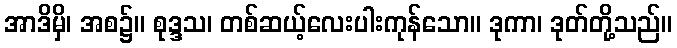
အာဒိမှိ၊ အစ၌။ စုဒ္ဒသ၊ တစ်ဆယ့်လေးပါးကုန်သော။ ဒုကာ၊ ဒုတ်တို့သည်။